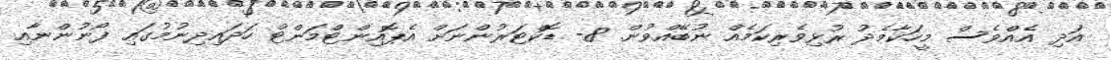
އަދި އެއްވެސް މީހަކާމެދު ރުޅިވެރިކަމެއް ނުބޭއްވުން. 8- ޑޮކްޓަރުންނަށް އެޕޮއިންޓްމަންޓް ހަދައިދިނުމުގައި ފޯނުންނާއި